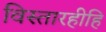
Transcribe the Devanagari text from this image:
विस्तारहीहि